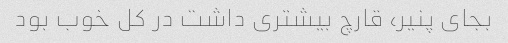
بجای پنیر، قارچ بیشتری داشت در کل خوب بود